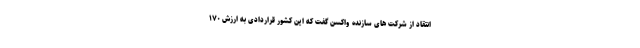
انتقاد از شرکت های سازنده واکسن گفت که این کشور قراردادی به ارزش ۱۷۰